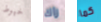
خيوط راك كما